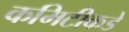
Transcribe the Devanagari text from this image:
कमिटीकडे